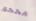
محجوز